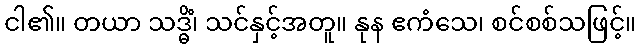
ငါ၏။ တယာ သဒ္ဓိံ၊ သင်နှင့်အတူ။ နုန ဧကံသေ၊ စင်စစ်သဖြင့်။